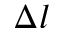
\Delta l